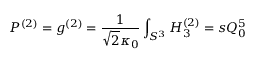
P ^ { ( 2 ) } = g ^ { ( 2 ) } = \frac { 1 } { \sqrt { 2 } \kappa _ { 0 } } \int _ { S ^ { 3 } } H _ { 3 } ^ { ( 2 ) } = s Q _ { 0 } ^ { 5 }